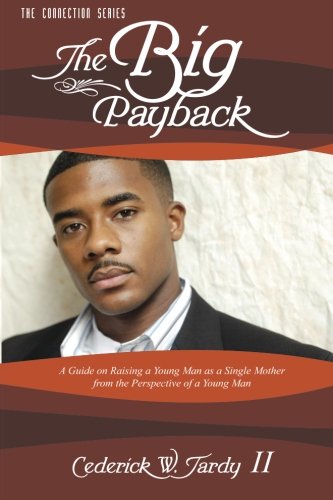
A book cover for The Big Payback: Single Mother's Guide for Raising Young Men (Connection) (Volume 1); Cederick W. Tardy II; Parenting & Relationships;